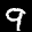
Label: 9